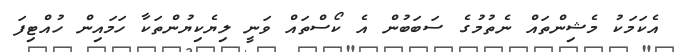
އެކަމަކު މެޝިންތައް ނެތުމުގެ ސަބަބުން އެ ކޯސްތައް ވަނީ ލިޔެކިޔުންތަކާ ހަމައިން ހުއްޓިފަ